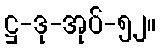
ဋ္ဌ-ဒု-အုပ်-၅၂။